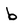
Character: b